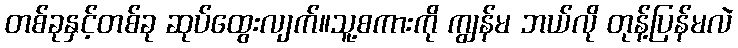
တစ်ခုနှင့်တစ်ခု ဆုပ်ထွေးလျက်။သူ့စကားကို ကျွန်မ ဘယ်လို တုန့်ပြန်မလဲ